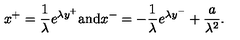
x ^ { + } = { \frac { 1 } { \lambda } } e ^ { \lambda y ^ { + } } \mathrm { a n d } x ^ { - } = - { \frac { 1 } { \lambda } } e ^ { \lambda y ^ { - } } + { \frac { a } { \lambda ^ { 2 } } } .